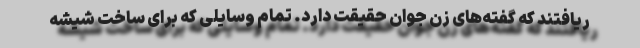
ریافتند که گفته‌های زن جوان حقیقت دارد. تمام وسایلی که برای ساخت شیشه